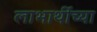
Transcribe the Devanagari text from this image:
लाभार्थीच्या